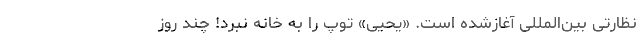
نظارتی بین‌المللی آغازشده است. «یحیی» توپ را به خانه نبرد! چند روز